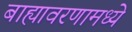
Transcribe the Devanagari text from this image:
बाह्यावरणामध्ये